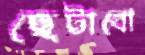
ছেটাবো